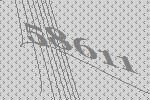
58611